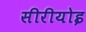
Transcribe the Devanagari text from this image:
सीरीयोइ